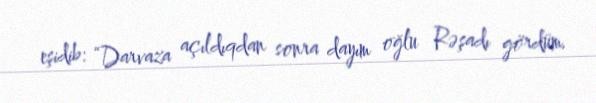
eşidib: “Darvaza açıldıqdan sonra dayım oğlu Rəşadı gördüm.